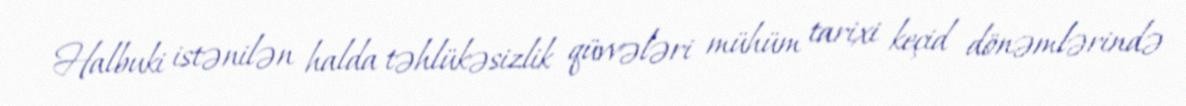
Halbuki istənilən halda təhlükəsizlik qüvvələri mühüm tarixi keçid dönəmlərində